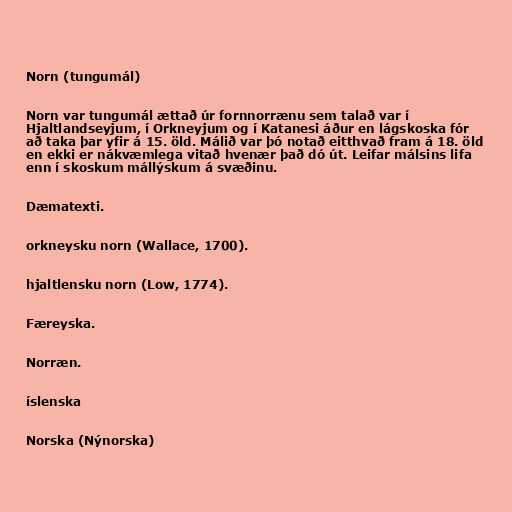
Norn (tungumál)

Norn var tungumál ættað úr fornnorrænu sem talað var í
Hjaltlandseyjum, í Orkneyjum og í Katanesi áður en lágskoska fór
að taka þar yfir á 15. öld. Málið var þó notað eitthvað fram á 18. öld
en ekki er nákvæmlega vitað hvenær það dó út. Leifar málsins lifa
enn í skoskum mállýskum á svæðinu.

Dæmatexti.

orkneysku norn (Wallace, 1700).

hjaltlensku norn (Low, 1774).

Færeyska.

Norræn.

íslenska

Norska (Nýnorska)